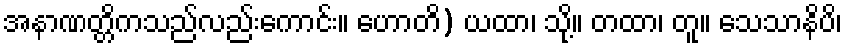
အနာဏတ္တိကသည်လည်းကောင်း။ ဟောတိ) ယထာ၊ သို့။ တထာ၊ တူ။ သေသာနိပိ၊